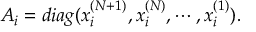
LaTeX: A _ { i } = d i a g ( x _ { i } ^ { ( N + 1 ) } , x _ { i } ^ { ( N ) } , \cdots , x _ { i } ^ { ( 1 ) } ) .